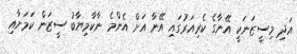
އަދި މިސީޒަނަކީ އޭނާގެ ކެރިއަރުގައި އޭނާ އަށް އެންމެ ނާކާމިޔާބު ސީޒަން ކަމަށާއި